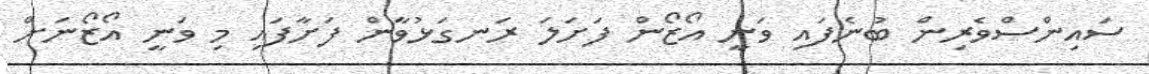
ސައިންސްވެރިން ބުނެފައި ވަނީ އޯޒޯން ފަށަލަ ރަނގަޅުވާން ފަށާފައި މި ވަނީ އޯޒޯނަށް